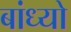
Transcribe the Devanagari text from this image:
बांध्‍यो